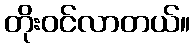
တိုးဝင်လာတယ်။